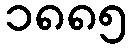
၁၈၈၅